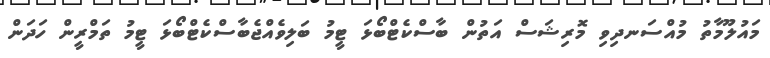
މައުލޫމާތު މުއްސަނދިވި މޮރިޝަސް އަތުން ބާސްކެޓްބޯޅަ ޓީމު ބަލިވެއްޖެބާސްކެޓްބޯޅަ ޓީމު ތަމްރީން ހަދަން